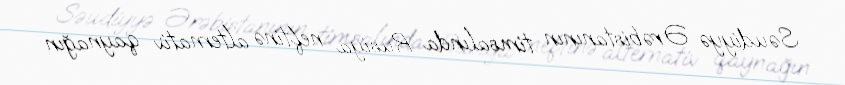
Səudiyyə Ərəbistanının timsalında Rusiya neftinə alternativ qaynağın